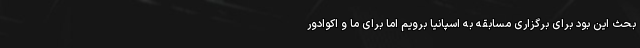
بحث این بود برای برگزاری مسابقه به اسپانیا برویم اما برای ما و اکوادور